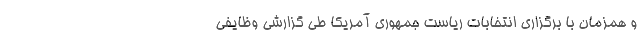
و همزمان با برگزاری انتخابات ریاست جمهوری آمریکا طی گزارشی وظایفی